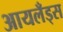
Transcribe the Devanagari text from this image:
आयलँड्स